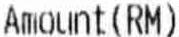
AMOUNT(RM)